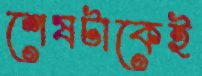
শেষটাকেই